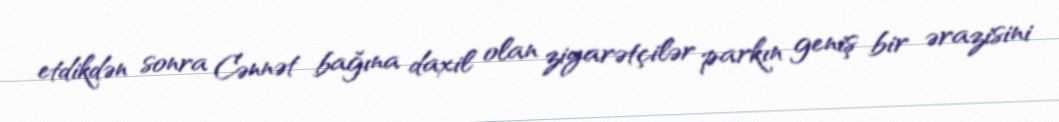
etdikdən sonra Cənnət bağına daxil olan ziyarətçilər parkın geniş bir ərazisini